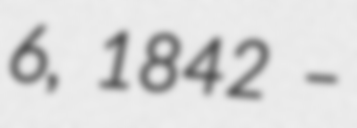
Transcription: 6, 1842 –